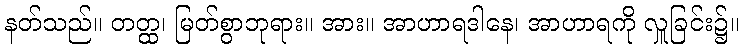
နတ်သည်။ တတ္ထ၊ မြတ်စွာဘုရား။ အား။ အာဟာရဒါနေ၊ အာဟာရကို လှူခြင်း၌။